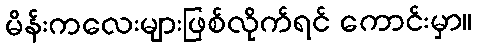
မိန်းကလေးများဖြစ်လိုက်ရင် ကောင်းမှာ။